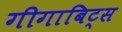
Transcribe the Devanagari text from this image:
गीगाबिट्स